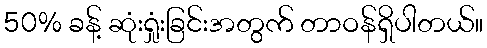
50% ခန့် ဆုံးရှုံးခြင်းအတွက် တာဝန်ရှိပါတယ်။